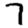
Digit: 7